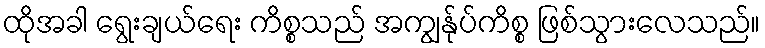
ထိုအခါ ရွေးချယ်ရေး ကိစ္စသည် အကျွန်ုပ်ကိစ္စ ဖြစ်သွားလေသည်။